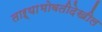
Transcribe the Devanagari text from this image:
ताऱ्याभोवतीदेखील